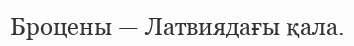
Броцены — Латвиядағы қала.